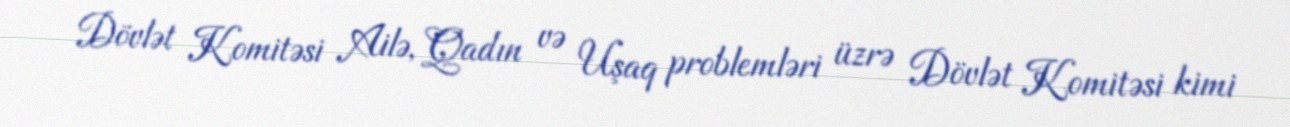
Dövlət Komitəsi Ailə, Qadın və Uşaq problemləri üzrə Dövlət Komitəsi kimi